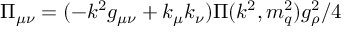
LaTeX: \Pi _ { \mu \nu } = ( - k ^ { 2 } g _ { \mu \nu } + k _ { \mu } k _ { \nu } ) \Pi ( k ^ { 2 } , m _ { q } ^ { 2 } ) g _ { \rho } ^ { 2 } / 4